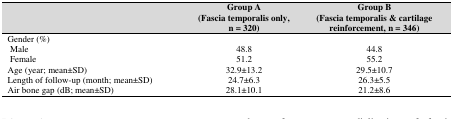
|  | Group A(Fascia temporalis only,n = 320) | Group B(Fascia temporalis & cartilage reinforcement, n = 346) |
 | --- | --- | --- |
 | Gender (%) |  |  |
 | MaleFemale | 48.851.2 | 44.855.2 |
 | Age (year; mean±SD) | 32.9±13.2 | 29.5±10.7 |
 | Length of follow-up (month; mean±SD) | 24.7±6.3 | 26.3±5.5 |
 | Air bone gap (dB; mean±SD) | 28.1±10.1 | 21.2±8.6 |